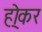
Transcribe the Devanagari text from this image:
हो्कर